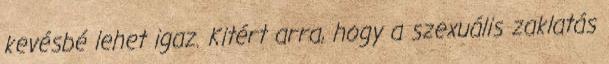
kevésbé lehet igaz. Kitért arra, hogy a szexuális zaklatás